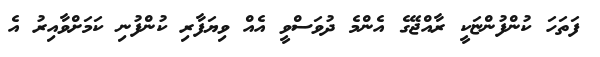
ފަތަހަ ކުންފުންޏަކީ ރާއްޖޭގެ އެންމެ ދުވަސްވީ އެއް ވިޔަފާރި ކުންފުނި ކަމަށްވާއިރު އެ